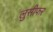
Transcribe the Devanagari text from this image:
लुसीफर